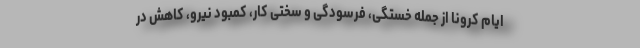
ایام کرونا از جمله خستگی، فرسودگی و سختی کار، کمبود نیرو، کاهش در